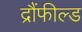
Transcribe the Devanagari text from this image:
द्रौंफील्ड